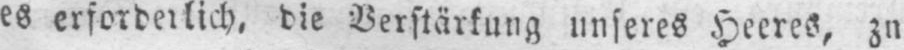
es erforderlich, die Verstärkung unseres Heeres, zn